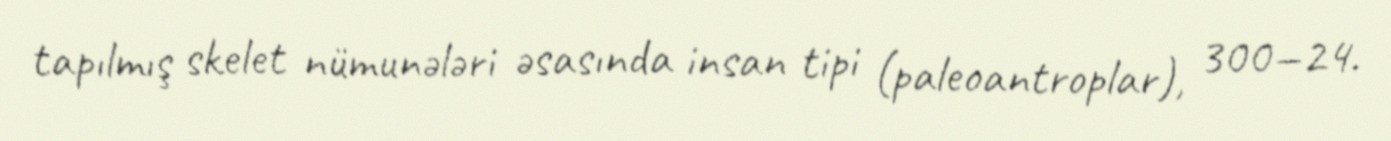
tapılmış skelet nümunələri əsasında insan tipi (paleoantroplar), 300—24.